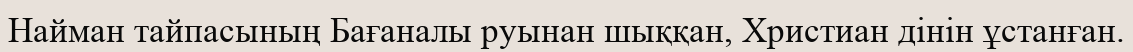
Найман тайпасының Бағаналы руынан шыққан, Христиан дінін ұстанған.